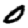
Digit: 0